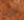
شيء